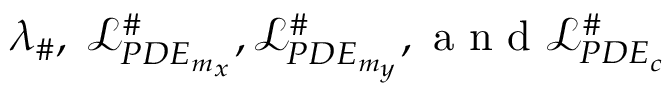
\lambda _ { \# } , \; \mathcal { L } _ { P D E _ { m _ { x } } } ^ { \# } , \mathcal { L } _ { P D E _ { m _ { y } } } ^ { \# } , \mathrm { ~ a ~ n ~ d ~ } \mathcal { L } _ { P D E _ { c } } ^ { \# }